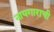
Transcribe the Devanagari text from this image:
नायगाराची